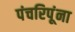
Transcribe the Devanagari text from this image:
पंचरिपूंना